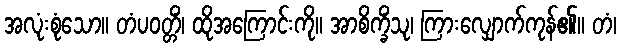
အလုံးစုံသော။ တံပဝတ္တိံ၊ ထိုအကြောင်းကို။ အာစိက္ခိံသု၊ ကြားလျှောက်ကုန်၏။ တံ၊